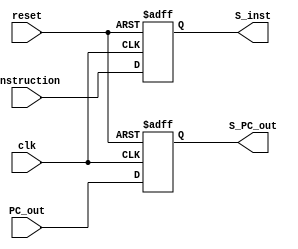
`timescale 1ns / 1ps
//////////////////////////////////////////////////////////////////////////////////
// Company: 
// Engineer: 
// 
// Design Name: 
// Module Name: IF_ID_stage
// Project Name: 
// Target Devices: 
// Tool Versions: 
// Description: 
// 
// Dependencies: 
// 
// Revision:
// Revision 0.01 - File Created
// Additional Comments:
// 
//////////////////////////////////////////////////////////////////////////////////


module IF_ID_stage(
input clk,
input reset ,
//input n_stall, //add a stall 
input [31:0] instruction, //going in instruction 
input [63:0] PC_out, //take from pc
output reg [31:0] S_inst,// instruction from if/id
output reg [63:0] S_PC_out// pc_out from if/id
    );
always @(posedge clk or posedge reset) 
    // upon each reset change to zero
    begin 
    if(reset == 1'b1) 
        begin 
        S_inst = 0;
        S_PC_out = 0;
        end 
    else 
        begin
        S_inst = instruction;
        S_PC_out = PC_out;
        end
    end
endmodule